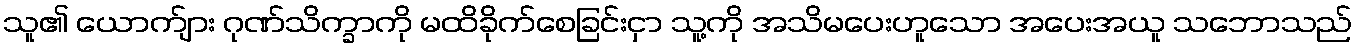
သူ၏ ယောက်ျား ဂုဏ်သိက္ခာကို မထိခိုက်စေခြင်းငှာ သူ့ကို အသိမပေးဟူသော အပေးအယူ သဘောသည်